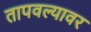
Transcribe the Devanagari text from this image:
तापवल्यावर